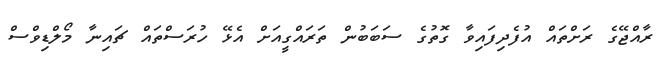
ރާއްޖޭގެ ރަށްތައް އުފެދިފައިވާ ގޮތުގެ ސަބަބުން ތަރައްގީއަށް އެޅޭ ހުރަސްތައް ޗައިނާ މޯލްޑިވްސް